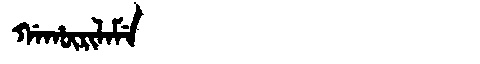
Manchu: ᡤᠠᡥᡡᡵᡳᠯᠠᠮᡝ
Romanization: GAHŪRILAME